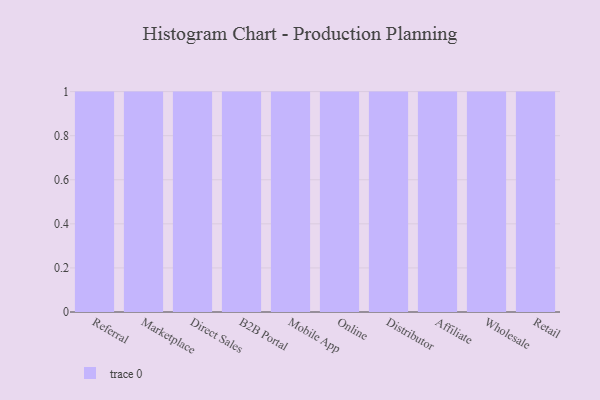
{"axis": {"x": "Channel", "y": "Churn Rate (%)"}, "legend": [""], "data": [{"x": "Referral", "y": 6, "type": ""}, {"x": "Marketplace", "y": 92, "type": ""}, {"x": "Direct Sales", "y": 63, "type": ""}, {"x": "B2B Portal", "y": 66, "type": ""}, {"x": "Mobile App", "y": 30, "type": ""}, {"x": "Online", "y": 31, "type": ""}, {"x": "Distributor", "y": 43, "type": ""}, {"x": "Affiliate", "y": 100, "type": ""}, {"x": "Wholesale", "y": 35, "type": ""}, {"x": "Retail", "y": 31, "type": ""}]}